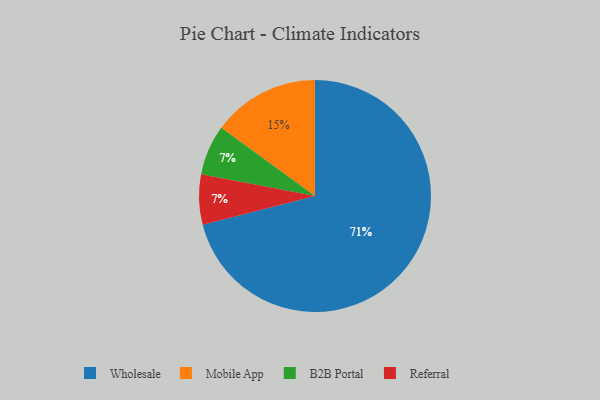
{"axis": {"x": "Category", "y": "Percentage"}, "legend": ["B2B Portal", "Mobile App", "Referral", "Wholesale"], "data": [{"x": "Wholesale", "y": 71, "type": "Wholesale"}, {"x": "B2B Portal", "y": 7, "type": "B2B Portal"}, {"x": "Mobile App", "y": 15, "type": "Mobile App"}, {"x": "Referral", "y": 7, "type": "Referral"}]}